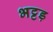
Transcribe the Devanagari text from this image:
भट्टड़